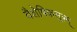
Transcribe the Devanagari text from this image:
वैशेषिकसूत्रम्